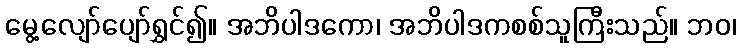
မွေ့လျော်ပျော်ရွှင်၍။ အဘိပါဒကော၊ အဘိပါဒကစစ်သူကြီးသည်။ ဘဝ၊